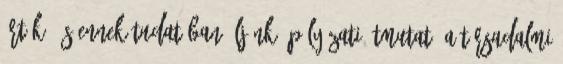
érték, és ennek tudatában éljünk. PÁLYÁZATI ÚTMUTATÓ a Társadalmi